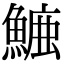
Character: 𮬁